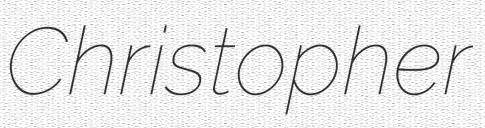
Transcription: Christopher